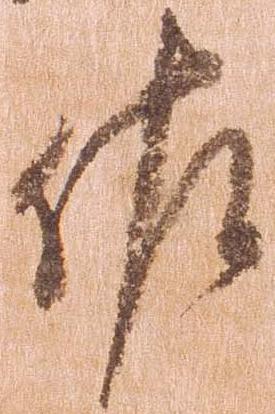
佐